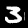
Digit: 3